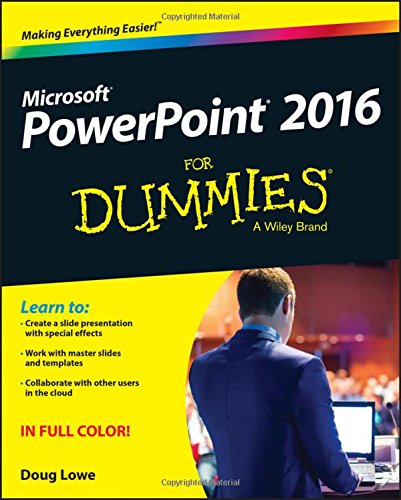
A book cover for PowerPoint 2016 For Dummies (Powerpoint for Dummies); Doug Lowe; Computers & Technology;